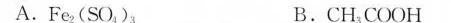
A.Fe_{2}(SO_{4})_{3} B.CH_{3}COOH